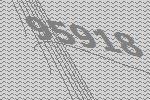
95918